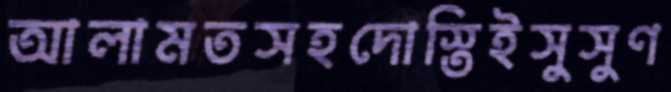
আলামতসহদোস্তিইসুসুণ